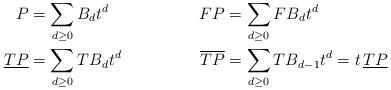
LaTeX: \begin{align*}P&=\sum_{d\geq 0}B_d t^d & FP&=\sum_{d\geq 0}{FB}_d t^d\\\underline{TP}&=\sum_{d\geq 0}{TB}_d t^d & \overline{TP}&=\sum_{d\geq 0}{TB}_{d-1} t^d = t\,\underline{TP}\end{align*}